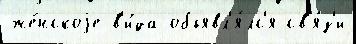
же́нскоjе в'и́да объявл'я́лс'я св'я́з'и